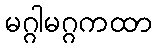
မဂ္ဂါမဂ္ဂကထာ